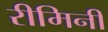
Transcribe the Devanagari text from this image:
रीमिनी